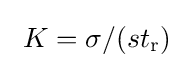
~K=\sigma /(st_{\rm {r}})~